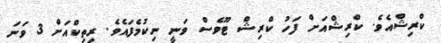
ކްރިޝްއެވެ. ކްރިޝްއަށް ފަހު ކްރިޝް ޓޫވެސް ވަނީ ނިކުމެފައެވެ. ރިތިކްއަށް 3 ވަނަ